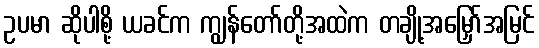
ဥပမာ ဆိုပါစို့ ယခင်က ကျွန်တော်တို့အထဲက တချို့အမြှော်အမြင်